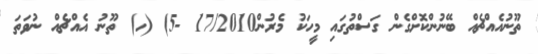
ތޫނުއެއްޗެއް ބޭނުންކޮށްގެން ގަސްތުގައި މީހަކު މެރުން17/2010 -5) (ހ) ތޫނު އެއްޗެއް ނުވަތަ